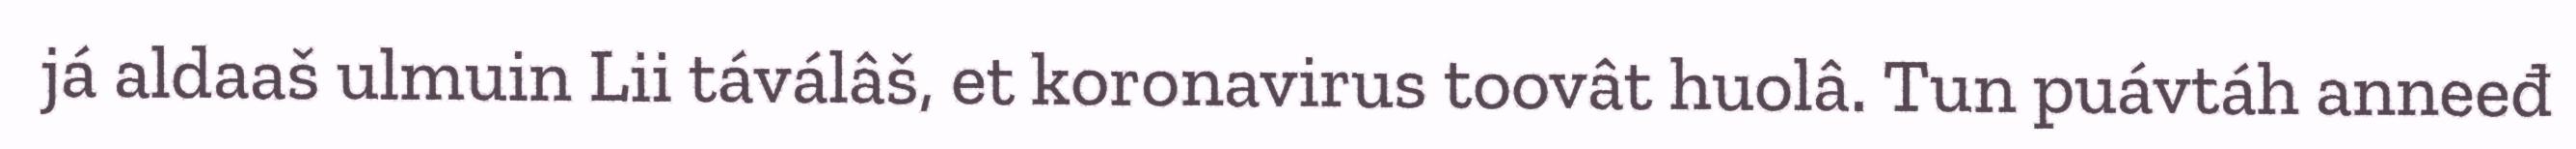
já aldaaš ulmuin Lii táválâš, et koronavirus toovât huolâ. Tun puávtáh anneeđ